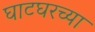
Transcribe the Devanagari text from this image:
घाटघरच्या